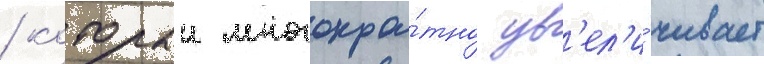
/ которыи многокра́тно ув'ел'и́чивает